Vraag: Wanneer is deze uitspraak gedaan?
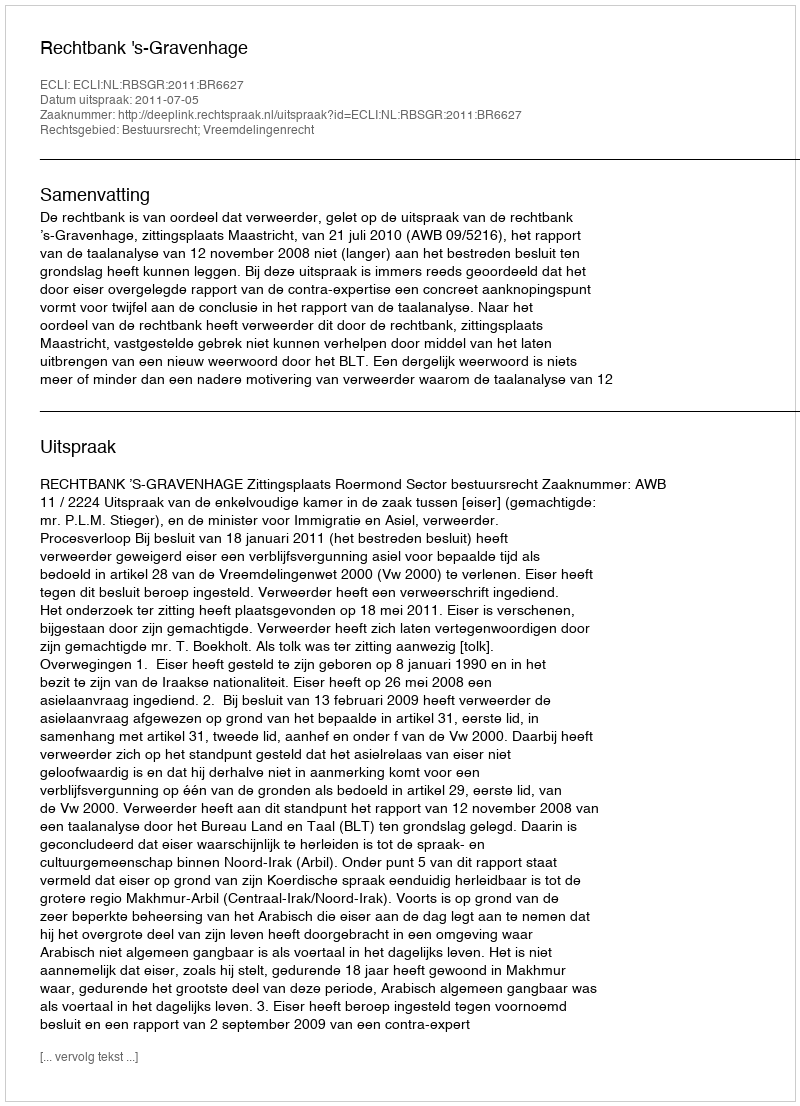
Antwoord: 2011-07-05